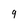
Character: 9